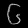
Digit: ၆